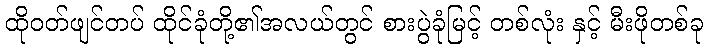
ထိုဝတ်ဖျင်တပ် ထိုင်ခုံတို့၏အလယ်တွင် စားပွဲခုံမြင့် တစ်လုံး နှင့် မီးဖိုတစ်ခု